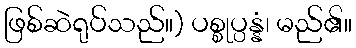
ဖြစ်ဆဲရုပ်သည်။) ပစ္စုပ္ပန္နံ၊ မည်၏။